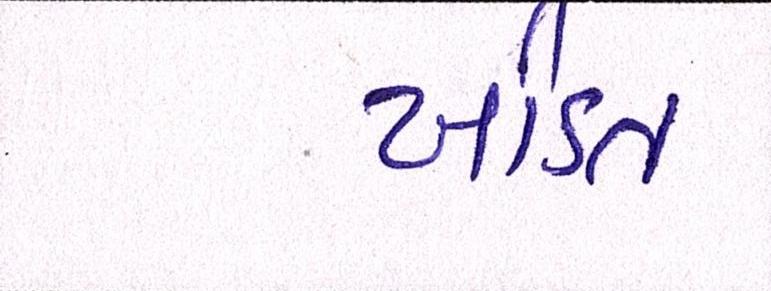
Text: ખંડિત